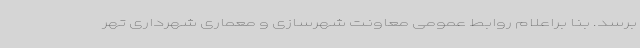
برسد. بنا براعلام روابط عمومی معاونت شهرسازی و معماری شهرداری تهر